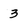
Character: 3